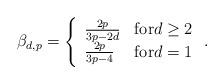
LaTeX: \begin{align*}\beta_{d,p}=\left\{\begin{array}{ll}\frac{2p}{3p-2d}&\mbox{for}d\geq2\\\frac{2p}{3p-4}&\mbox{for}d=1\end{array}\right..\end{align*}